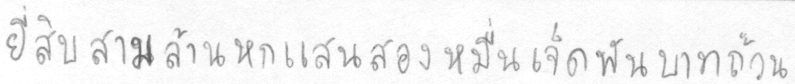
ยี่สิบสามล้านหกแสนสองหมื่นเจ็ดพันบาทถ้วน